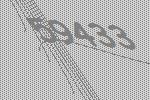
59433